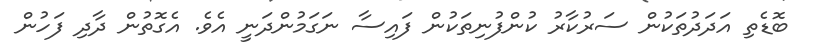
ބޮޑެތި އަދަދުތަކުން ސަރުކާރު ކުންފުނިތަކުން ފައިސާ ނަގަމުންދަނީ އެވެ. އެގޮތުން ދާދި ފަހުން